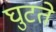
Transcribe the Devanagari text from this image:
घुटते